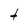
Character: t